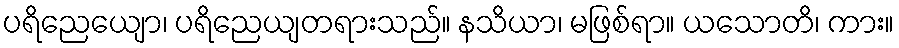
ပရိညေယျော၊ ပရိညေယျတရားသည်။ နသိယာ၊ မဖြစ်ရာ။ ယသောတိ၊ ကား။